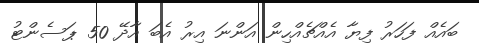
ބައެއް ފަހަރު ފިޔާ އެއްޗެއްހިން އަންނަ އިރު އެބަ އާދޭ 50 ޕަސެންޓު